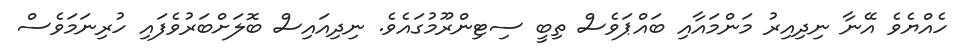
ހެއްޔެވެ އޭނާ ނިދިއިރު މަންމައާއި ބައްޕަވެސް ތިބީ ސިޓިންރޫމުގައެވެ. ނިދިއައިސް ބޮލަށްބަރުވެފައި ހުރިނަމަވެސް